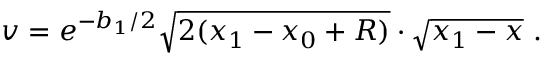
v = e ^ { - b _ { 1 } / 2 } \sqrt { 2 ( x _ { 1 } - x _ { 0 } + R ) } \cdot \sqrt { x _ { 1 } - x } ~ .